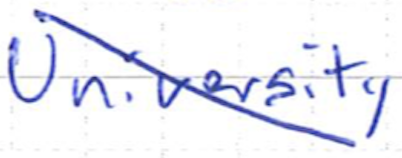
Text: University
Cross-out: diagonal
Writing tool: ballpoint